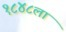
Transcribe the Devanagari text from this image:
१८४८ला